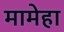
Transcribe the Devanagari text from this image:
मामेहा